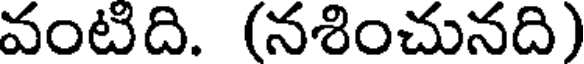
వంటిది. (నశించునది)